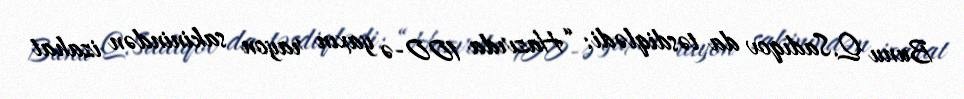
Bunu Q.Sadıqov da təsdiqlədi: “Hazırda 100-ə yaxın rayon sakinindən izahat